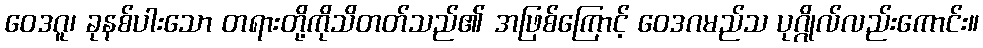
ဝေဒဂူ၊ ခုနစ်ပါးသော တရားတို့ကိုသိတတ်သည်၏ အဖြစ်ကြောင့် ဝေဒဂမည်သ ပုဂ္ဂိုလ်လည်းကောင်း။